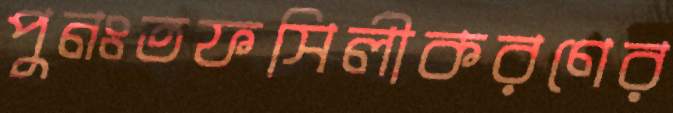
পুনঃতফসিলীকরণের